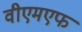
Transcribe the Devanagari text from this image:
वीएमएफ